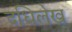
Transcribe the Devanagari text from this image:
दधिलेख